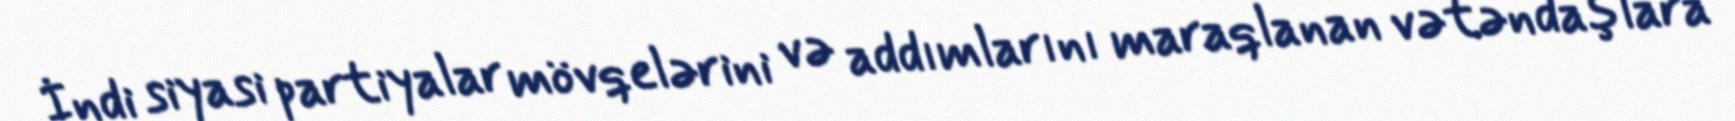
İndi siyasi partiyalar mövqelərini və addımlarını maraqlanan vətəndaşlara